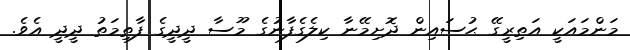
މަންމައަކީ އަތިރީގޭ ޙުސައިން ދޮށިމޭނާ ކިލެގެފާނުގެ މޫސާ ދީދީގެ ފާތިމަތު ދީދީ އެވެ.